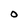
Character: O